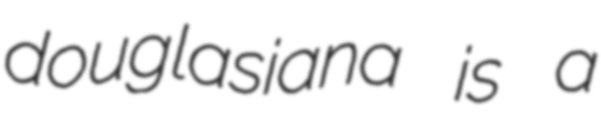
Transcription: douglasiana is a